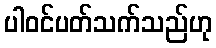
ပါဝင်ပတ်သက်သည်ဟု